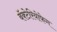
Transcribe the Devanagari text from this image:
बॅक्टेरियोफेग